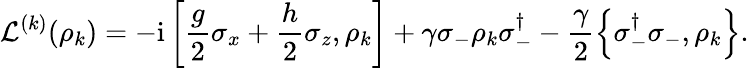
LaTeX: \mathcal{L}^{(k)}(\rho_{k})=-\mathrm{i}\left[\frac{g}{2}\sigma_{x}+\frac{h}{2}\sigma_{z},\rho_{k}\right]+\gamma\sigma_{-}\rho_{k}\sigma_{-}^{\dagger}-\frac{\gamma}{2}\left\{ \sigma_{-}^{\dagger}\sigma_{-},\rho_{k}\right\} .